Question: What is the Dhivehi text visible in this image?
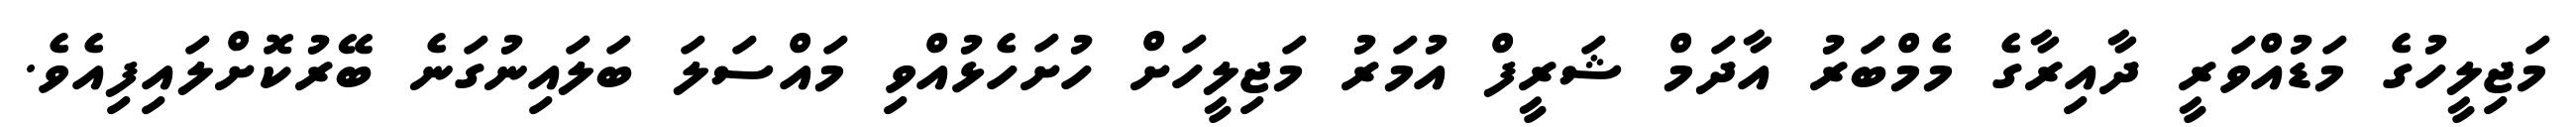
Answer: މަޖިލީހުގެ މަޑުއްވަރީ ދާއިރާގެ މެމްބަރު އާދަމް ޝަރީފް އުމަރު މަޖިލީހަށް ހުށަހެޅުއްވި މައްސަލަ ބަލައިނުގަނެ ބޭރުކޮށްލައިފިއެވެ.